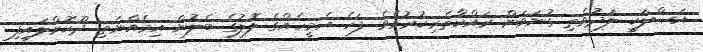
އަޞްލަކީ ލަދުވެތި ގުނަވަން ރައްކާތެރިކުރުމެވެ. ފަހެ އެމީހެއްގެ ލޮލުގެ ބެލުން އިމެއްނެތި ދޫކޮށްލައިފި